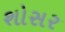
શોસર